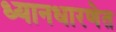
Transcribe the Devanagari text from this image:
ध्यानधारणेत